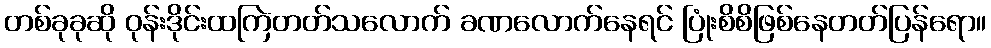
တစ်ခုခုဆို ဝုန်းဒိုင်းထကြဲတတ်သလောက် ခဏလောက်နေရင် ပြုံးစိစိဖြစ်နေတတ်ပြန်ရော။